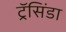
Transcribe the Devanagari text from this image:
ट्रॅसिंडा